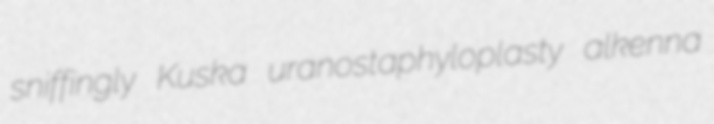
sniffingly Kuska uranostaphyloplasty alkenna